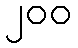
၂၀၀